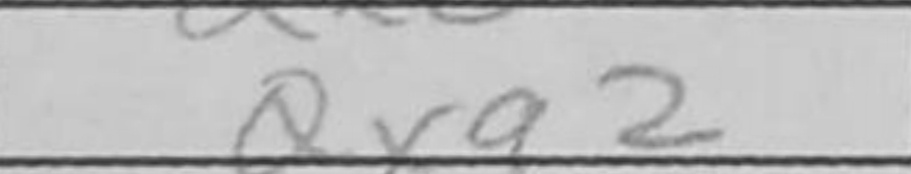
Transcription: Qxa2